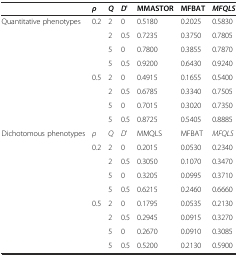
|  | ρ | Q | D' | MMASTOR | MFBAT | MFQLS |
 | --- | --- | --- | --- | --- | --- | --- |
 | <ROWSPAN=8> Quantitative phenotypes | <ROWSPAN=4> 0.2 | 2 | 0 | 0.5180 | 0.2025 | 0.5830 |
 | 2 | 0.5 | 0.7235 | 0.3750 | 0.7805 |
 | 5 | 0 | 0.7800 | 0.3855 | 0.7870 |
 | 5 | 0.5 | 0.9200 | 0.6430 | 0.9240 |
 | <ROWSPAN=4> 0.5 | 2 | 0 | 0.4915 | 0.1655 | 0.5400 |
 | 2 | 0.5 | 0.6785 | 0.3340 | 0.7505 |
 | 5 | 0 | 0.7015 | 0.3020 | 0.7350 |
 | 5 | 0.5 | 0.8725 | 0.5405 | 0.8885 |
 | <ROWSPAN=9> Dichotomous phenotypes | ρ | Q | D' | MMQLS | MFBAT | MFQLS |
 | <ROWSPAN=4> 0.2 | 2 | 0 | 0.2015 | 0.0530 | 0.2340 |
 | 2 | 0.5 | 0.3050 | 0.1070 | 0.3470 |
 | 5 | 0 | 0.3205 | 0.0995 | 0.3710 |
 | 5 | 0.5 | 0.6215 | 0.2460 | 0.6660 |
 | <ROWSPAN=4> 0.5 | 2 | 0 | 0.1795 | 0.0535 | 0.2130 |
 | 2 | 0.5 | 0.2945 | 0.0915 | 0.3270 |
 | 5 | 0 | 0.2670 | 0.0910 | 0.3085 |
 | 5 | 0.5 | 0.5200 | 0.2130 | 0.5900 |